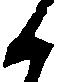
候